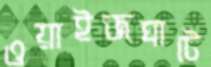
ওয়াইজঘাটে